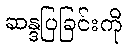
ဆန္ဒပြခြင်းကို